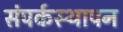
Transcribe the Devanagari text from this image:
संपर्कस्थापन